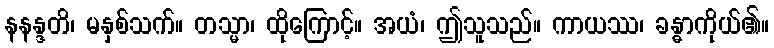
နနန္ဒတိ၊ မနှစ်သက်။ တသ္မာ၊ ထိုကြောင့်။ အယံ၊ ဤသူသည်။ ကာယဿ၊ ခန္ဓာကိုယ်၏။